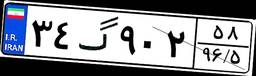
۳۴گ۹۰۲۵۸